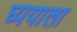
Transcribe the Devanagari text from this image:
घ्ययाला